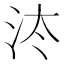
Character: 𰛔